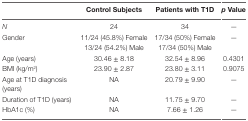
|  | Control Subjects | Patients with T1D | p Value |
 | --- | --- | --- | --- |
 | N | 24 | 34 | — |
 | <ROWSPAN=2> Gender | 11/24 (45.8%) Female | 17/34 (50%) Female | <ROWSPAN=2> — |
 | 13/24 (54.2%) Male | 17/34 (50%) Male |
 | Age (years) | 30.46 ± 8.18 | 32.54 ± 8.96 | 0.4301 |
 | BMI (kg/m2) | 23.90 ± 2.87 | 23.80 ± 3.11 | 0.9075 |
 | Age at T1D diagnosis (years) | NA | 20.79 ± 9.90 | — |
 | Duration of T1D (years) | NA | 11.75 ± 9.70 | — |
 | HbA1c (%) | NA | 7.66 ± 1.26 | — |